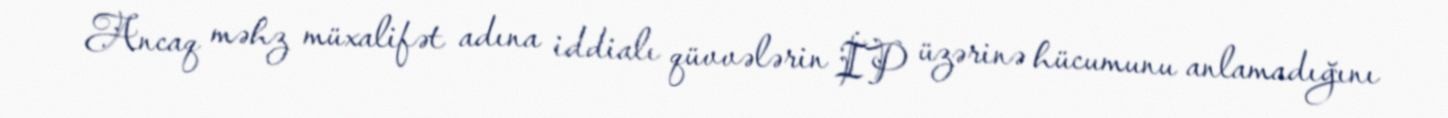
Ancaq məhz müxalifət adına iddialı qüvvələrin İP üzərinə hücumunu anlamadığını